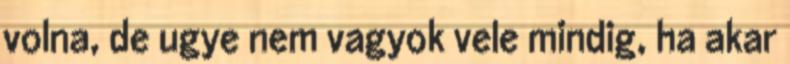
volna, de ugye nem vagyok vele mindig, ha akar